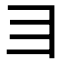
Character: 𬺹